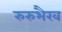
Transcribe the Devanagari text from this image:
रुरुभैरव